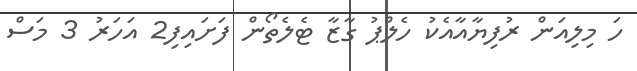
ހަ މިލިއަން ރުފިޔާއާއެކު ހެލްޕު ގާޒާ ޓެެލެތޯން ފަށައިފި2 އަހަރު 3 މަސް